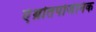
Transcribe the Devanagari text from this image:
एंथ्रोतपोजेनिक